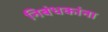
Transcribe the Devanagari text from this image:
निबंधकांना